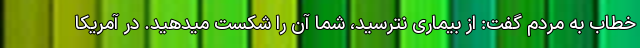
خطاب به مردم گفت: از بیماری نترسید، شما آن را شکست میدهید. در آمریکا